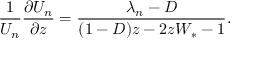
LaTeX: \frac { 1 } { U _ { n } } \frac { \partial U _ { n } } { \partial z } = \frac { \lambda _ { n } - D } { ( 1 - D ) z - 2 z W _ { * } - 1 } .